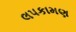
લપકામણ